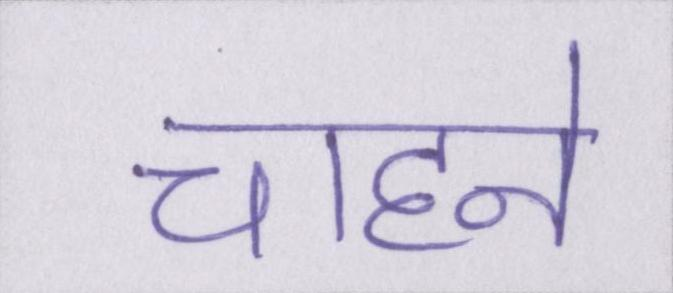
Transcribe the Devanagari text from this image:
चाहने